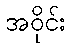
အဝိုင်း